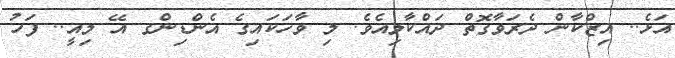
އަޅެ.. އިޒްކާން ދެރަވާގޮތް ދައްކާލިއެވެ. މި ވާހަކައިގެ އެންޑިންގ އޭ މިއީ.. ފަހު